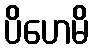
ပိဟေမိ